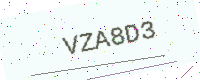
Text: VZA8D3